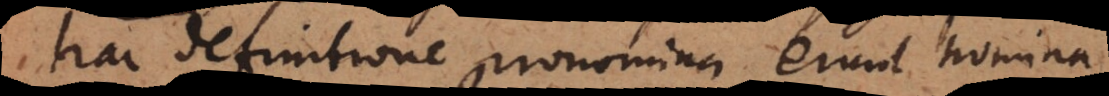
ac definitione pronomina erunt nomina,